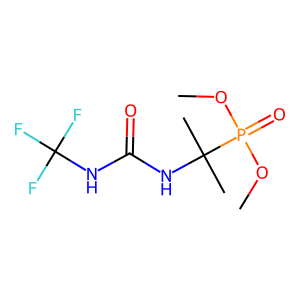
SMILES: COP(=O)(OC)C(C)(C)NC(=O)NC(F)(F)F
Inhibits HIV replication: No